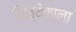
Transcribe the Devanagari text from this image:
कित्येकाला